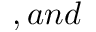
, a n d